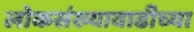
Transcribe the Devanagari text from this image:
लोकसंख्यावाढीच्या